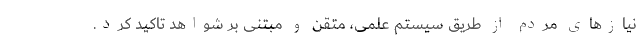
نیازهای مردم از طریق سیستم علمی، متقن و مبتنی بر شواهد تاکید کرد.